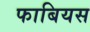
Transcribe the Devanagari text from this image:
फाबियस